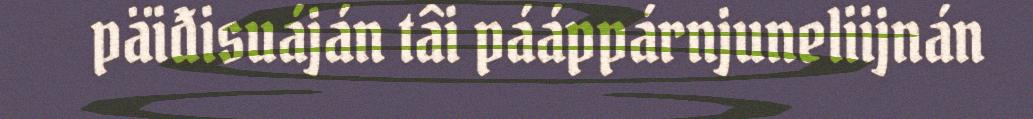
päiđisuáján tâi pááppárnjuneliijnán